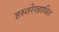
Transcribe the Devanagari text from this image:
हस्तरेखाविद